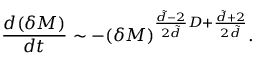
\frac { d ( \delta M ) } { d t } \sim - ( \delta M ) ^ { \frac { \tilde { d } - 2 } { 2 \tilde { d } } D + \frac { \tilde { d } + 2 } { 2 \tilde { d } } } .